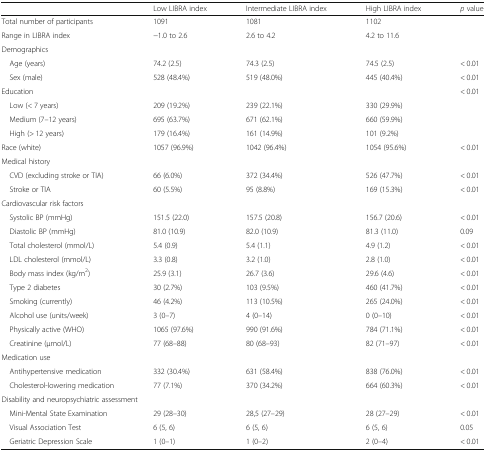
<table><thead><tr><td></td><td><b>Low LIBRA index</b></td><td><b>Intermediate LIBRA index</b></td><td><b>High LIBRA index</b></td><td><b><i>p</i> value</b></td></tr></thead><tbody><tr><td>Total number of participants</td><td>1091</td><td>1081</td><td>1102</td><td rowspan="2"></td></tr><tr><td>Range in LIBRA index</td><td>−1.0 to 2.6</td><td>2.6 to 4.2</td><td>4.2 to 11.6</td></tr><tr><td colspan="5">Demographics</td></tr><tr><td> Age (years)</td><td>74.2 (2.5)</td><td>74.3 (2.5)</td><td>74.5 (2.5)</td><td>&lt; 0.01</td></tr><tr><td> Sex (male)</td><td>528 (48.4%)</td><td>519 (48.0%)</td><td>445 (40.4%)</td><td>&lt; 0.01</td></tr><tr><td>Education</td><td></td><td></td><td></td><td>&lt; 0.01</td></tr><tr><td> Low (&lt; 7 years)</td><td>209 (19.2%)</td><td>239 (22.1%)</td><td>330 (29.9%)</td><td rowspan="3"></td></tr><tr><td> Medium (7–12 years)</td><td>695 (63.7%)</td><td>671 (62.1%)</td><td>660 (59.9%)</td></tr><tr><td> High (&gt; 12 years)</td><td>179 (16.4%)</td><td>161 (14.9%)</td><td>101 (9.2%)</td></tr><tr><td>Race (white)</td><td>1057 (96.9%)</td><td>1042 (96.4%)</td><td>1054 (95.6%)</td><td>&lt; 0.01</td></tr><tr><td colspan="5">Medical history</td></tr><tr><td> CVD (excluding stroke or TIA)</td><td>66 (6.0%)</td><td>372 (34.4%)</td><td>526 (47.7%)</td><td>&lt; 0.01</td></tr><tr><td> Stroke or TIA</td><td>60 (5.5%)</td><td>95 (8.8%)</td><td>169 (15.3%)</td><td>&lt; 0.01</td></tr><tr><td colspan="5">Cardiovascular risk factors</td></tr><tr><td> Systolic BP (mmHg)</td><td>151.5 (22.0)</td><td>157.5 (20.8)</td><td>156.7 (20.6)</td><td>&lt; 0.01</td></tr><tr><td> Diastolic BP (mmHg)</td><td>81.0 (10.9)</td><td>82.0 (10.9)</td><td>81.3 (11.0)</td><td>0.09</td></tr><tr><td> Total cholesterol (mmol/L)</td><td>5.4 (0.9)</td><td>5.4 (1.1)</td><td>4.9 (1.2)</td><td>&lt; 0.01</td></tr><tr><td> LDL cholesterol (mmol/L)</td><td>3.3 (0.8)</td><td>3.2 (1.0)</td><td>2.8 (1.0)</td><td>&lt; 0.01</td></tr><tr><td> Body mass index (kg/m<sup>2</sup>)</td><td>25.9 (3.1)</td><td>26.7 (3.6)</td><td>29.6 (4.6)</td><td>&lt; 0.01</td></tr><tr><td> Type 2 diabetes</td><td>30 (2.7%)</td><td>103 (9.5%)</td><td>460 (41.7%)</td><td>&lt; 0.01</td></tr><tr><td> Smoking (currently)</td><td>46 (4.2%)</td><td>113 (10.5%)</td><td>265 (24.0%)</td><td>&lt; 0.01</td></tr><tr><td> Alcohol use (units/week)</td><td>3 (0–7)</td><td>4 (0–14)</td><td>0 (0–10)</td><td>&lt; 0.01</td></tr><tr><td> Physically active (WHO)</td><td>1065 (97.6%)</td><td>990 (91.6%)</td><td>784 (71.1%)</td><td>&lt; 0.01</td></tr><tr><td> Creatinine (μmol/L)</td><td>77 (68–88)</td><td>80 (68–93)</td><td>82 (71–97)</td><td>&lt; 0.01</td></tr><tr><td colspan="5">Medication use</td></tr><tr><td> Antihypertensive medication</td><td>332 (30.4%)</td><td>631 (58.4%)</td><td>838 (76.0%)</td><td>&lt; 0.01</td></tr><tr><td> Cholesterol-lowering medication</td><td>77 (7.1%)</td><td>370 (34.2%)</td><td>664 (60.3%)</td><td>&lt; 0.01</td></tr><tr><td colspan="5">Disability and neuropsychiatric assessment</td></tr><tr><td> Mini-Mental State Examination</td><td>29 (28–30)</td><td>28,5 (27–29)</td><td>28 (27–29)</td><td>&lt; 0.01</td></tr><tr><td> Visual Association Test</td><td>6 (5, 6)</td><td>6 (5, 6)</td><td>6 (5, 6)</td><td>0.05</td></tr><tr><td> Geriatric Depression Scale</td><td>1 (0–1)</td><td>1 (0–2)</td><td>2 (0–4)</td><td>&lt; 0.01</td></tr></tbody></table>